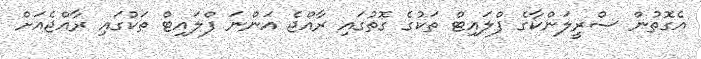
އެގޮތުން ސްރީލަންކާގެ ފްލައިޓް ތަކުގެ ގޮތުގައި ރާއްޖެ އަންނަ ފްލައިޓް ތަކުގައި ރާއްޖެއަށް